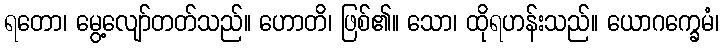
ရတော၊ မွေ့လျော်တတ်သည်။ ဟောတိ၊ ဖြစ်၏။ သော၊ ထိုရဟန်းသည်။ ယောဂက္ခေမံ၊